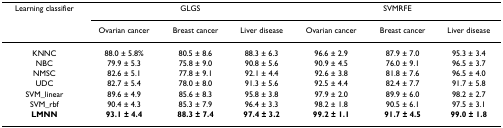
<table><thead><tr><td><b>Learning classifier</b></td><td colspan="3"><b>GLGS</b></td><td colspan="3"><b>SVMRFE</b></td></tr><tr><td></td><td><b>Ovarian cancer</b></td><td><b>Breast cancer</b></td><td><b>Liver disease</b></td><td><b>Ovarian cancer</b></td><td><b>Breast cancer</b></td><td><b>Liver disease</b></td></tr></thead><tbody><tr><td>KNNC</td><td>88.0 ± 5.8%</td><td>80.5 ± 8.6</td><td>88.3 ± 6.3</td><td>96.6 ± 2.9</td><td>87.9 ± 7.0</td><td>95.3 ± 3.4</td></tr><tr><td>NBC</td><td>79.9 ± 5.3</td><td>75.8 ± 9.0</td><td>90.8 ± 5.6</td><td>90.9 ± 4.5</td><td>76.0 ± 9.1</td><td>96.5 ± 3.7</td></tr><tr><td>NMSC</td><td>82.6 ± 5.1</td><td>77.8 ± 9.1</td><td>92.1 ± 4.4</td><td>92.6 ± 3.8</td><td>81.8 ± 7.6</td><td>96.5 ± 4.0</td></tr><tr><td>UDC</td><td>82.7 ± 5.4</td><td>78.0 ± 8.0</td><td>91.3 ± 5.6</td><td>92.5 ± 4.4</td><td>82.4 ± 7.7</td><td>91.7 ± 5.8</td></tr><tr><td>SVM_linear</td><td>89.6 ± 4.9</td><td>85.6 ± 8.3</td><td>95.8 ± 3.8</td><td>97.9 ± 2.0</td><td>89.9 ± 6.0</td><td>98.2 ± 2.7</td></tr><tr><td>SVM_rbf</td><td>90.4 ± 4.3</td><td>85.3 ± 7.9</td><td>96.4 ± 3.3</td><td>98.2 ± 1.8</td><td>90.5 ± 6.1</td><td>97.5 ± 3.1</td></tr><tr><td><b>LMNN</b></td><td><b>93.1 ± 4.4</b></td><td><b>88.3 ± 7.4</b></td><td><b>97.4 ± 3.2</b></td><td><b>99.2 ± 1.1</b></td><td><b>91.7 ± 4.5</b></td><td><b>99.0 ± 1.8</b></td></tr></tbody></table>